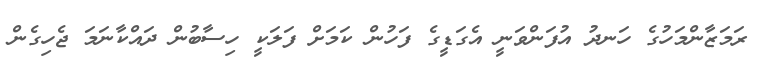
ރަމަޒާންމަހުގެ ހަނދު އުފަންވަނީ އެގަޑީގެ ފަހުން ކަމަށް ފަލަކީ ހިސާބުން ދައްކާނަމަ ޖެހިގެން